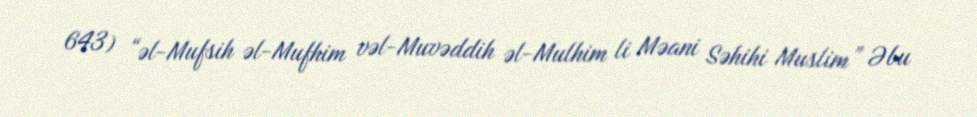
643) “əl-Mufsih əl-Mufhim vəl-Muvəddih əl-Mulhim li Məani Səhihi Muslim” Əbu